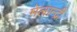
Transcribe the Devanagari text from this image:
मेलान्द्री